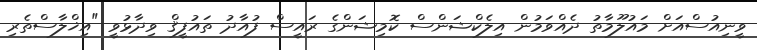
ވީނިއުސްއަށް މައުލޫމާތު ދެއްވަމުން އިލެކްޝަންސް ކޮމިޝަންގެ ރައީސް ފުއާދު ތައުފީޤް ވިދާޅުވީ "އިޚްލާސްތެރި